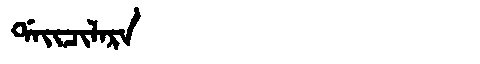
Manchu: ᡩᠠᡳᠴᡳᠯᠠᡵᠠ
Romanization: DAICILARA